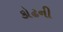
કોઢની